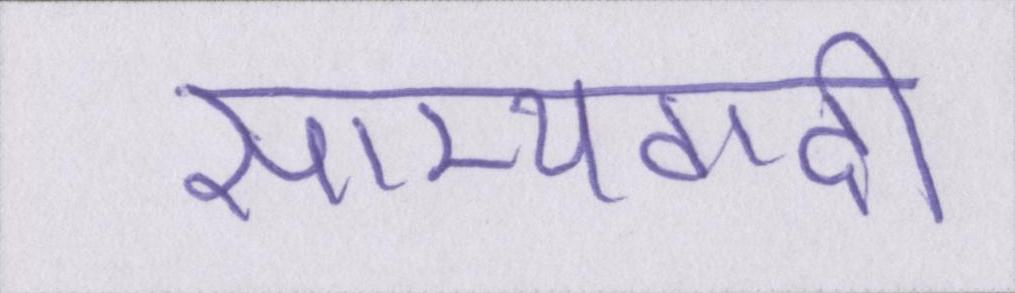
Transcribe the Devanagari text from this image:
साम्यवादी